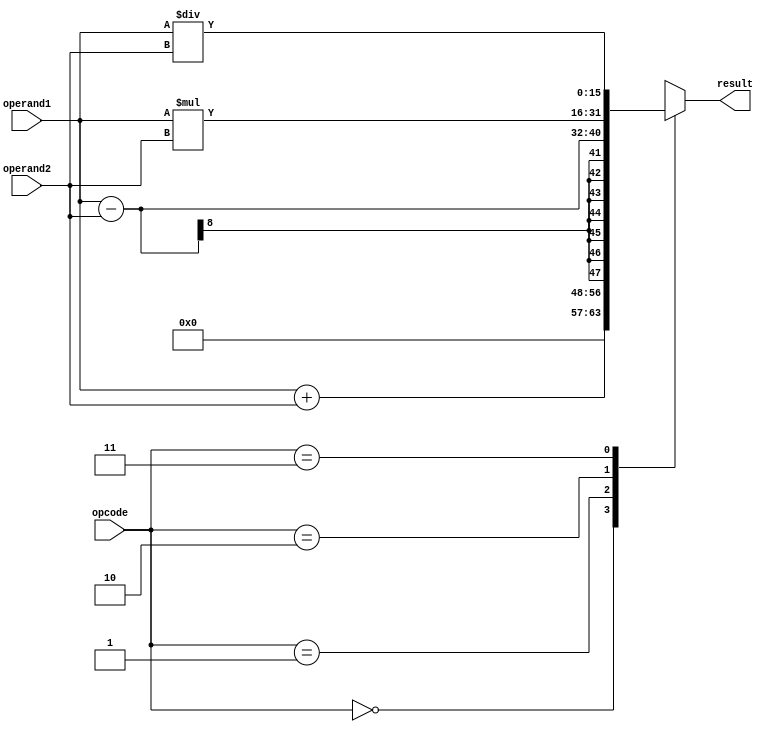
module Complex_ALU (
    input wire [1:0] opcode,
    input wire [7:0] operand1,
    input wire [7:0] operand2,
    output reg [15:0] result
);

reg [15:0] temp_result;

always @ (*)
begin
    case(opcode)
        2'b00: temp_result = operand1 + operand2;  // Addition
        2'b01: temp_result = operand1 - operand2;  // Subtraction
        2'b10: temp_result = operand1 * operand2;  // Multiplication
        2'b11: temp_result = operand1 / operand2;  // Division
    endcase
end

always @ (*)
begin
    result = temp_result;
end

endmodule